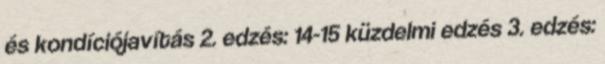
és kondíciójavítás 2. edzés: 14-15 küzdelmi edzés 3. edzés: